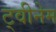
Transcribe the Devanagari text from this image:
ट्वीनेम